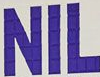
NIL